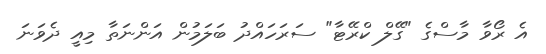
އެ ރޯވާ މާސްގެ "ގޭލް ކްރޭޓާ" ސަރަހައްދު ބަލަމުން އަންނަތާ މިއީ ދެވަނަ